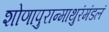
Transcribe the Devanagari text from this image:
शोणापुरान्माथुरंमंडलं